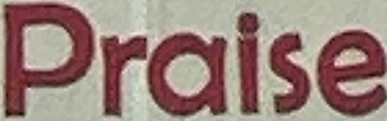
Praise